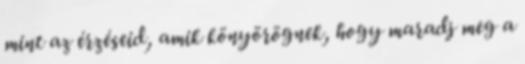
mint az érzéseid, amik könyörögnek, hogy maradj meg a